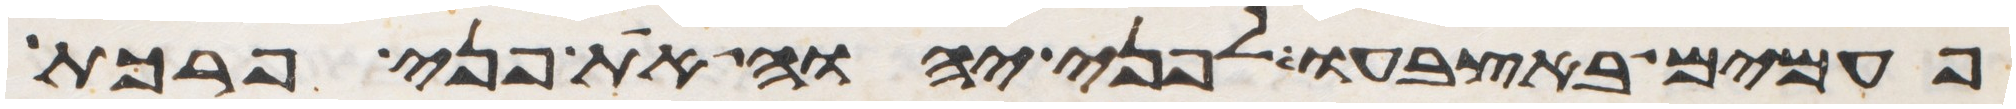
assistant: פעמים באצבעו לפני יהוה את פני פרכת